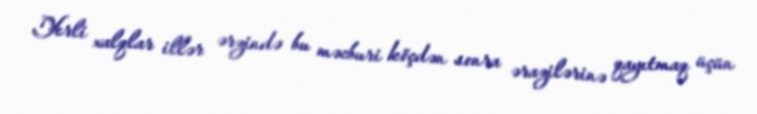
Yerli xalqlar illər ərzində bu məcburi köçdən sonra ərazilərinə qayıtmaq üçün